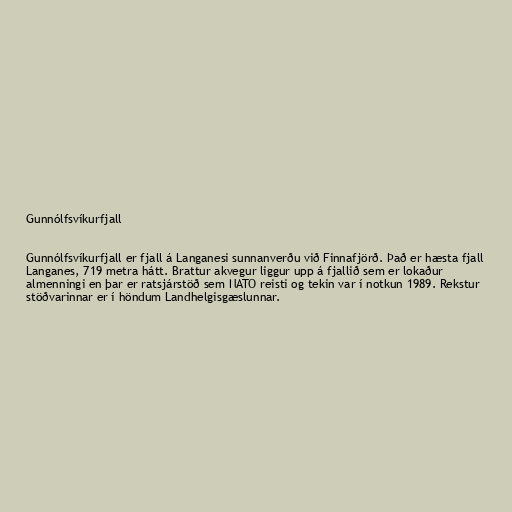
Gunnólfsvíkurfjall

Gunnólfsvíkurfjall er fjall á Langanesi sunnanverðu við Finnafjörð. Það er hæsta fjall
Langanes, 719 metra hátt. Bratt­ur akvegur liggur upp á fjallið sem er lokaður
almenningi en þar er rat­sjár­stöð sem NATO reisti og tekin var í notkun 1989. Rekstur
stöðvarinnar er í höndum Landhelgisgæslunnar.